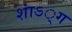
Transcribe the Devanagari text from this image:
शाऽं्ग